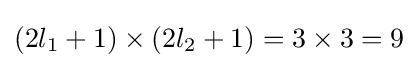
(2l_{1}+1)\times (2l_{2}+1)=3\times 3=9